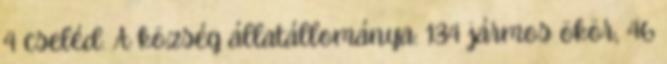
4 cseléd. A község állatállománya: 134 jármos ökör, 46